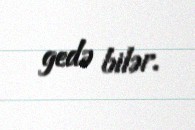
gedə bilər.